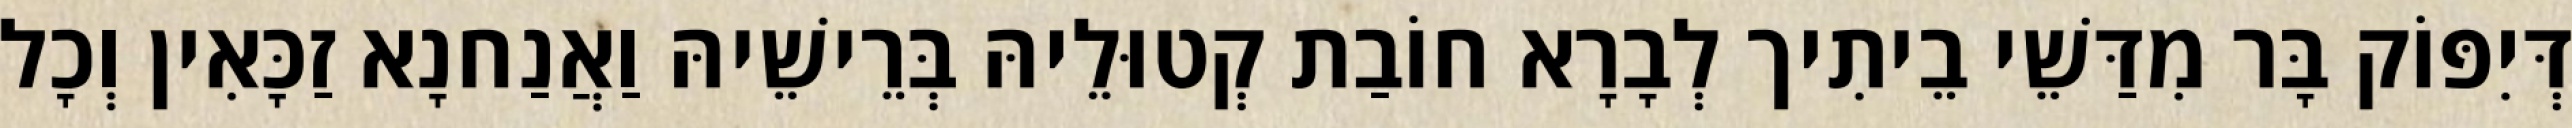
דְּיִפּוֹק בָּר מִדַּשֵׁי בֵיתִיך לְבָרָא חוֹבַת קְטוּלֵיהּ בְּרֵישֵׁיהּ וַאֲנַחנָא זַכָּאִין וְכָל